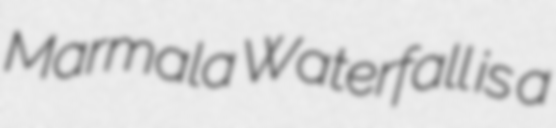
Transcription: Marmala Waterfall is a